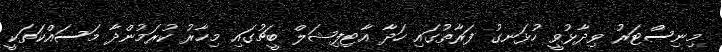
މިނިސްޓަރު ވިދާޅުވީ ހުޅަނގު ފަރާތުގައި ހަދާ އާޓިފިޝަލް ބީޗުގައި މިހާރު ކުރަމުންދާ މަސައްކަތަކީ